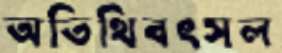
অতিথিবৎসল